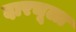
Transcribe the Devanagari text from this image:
दारचूला